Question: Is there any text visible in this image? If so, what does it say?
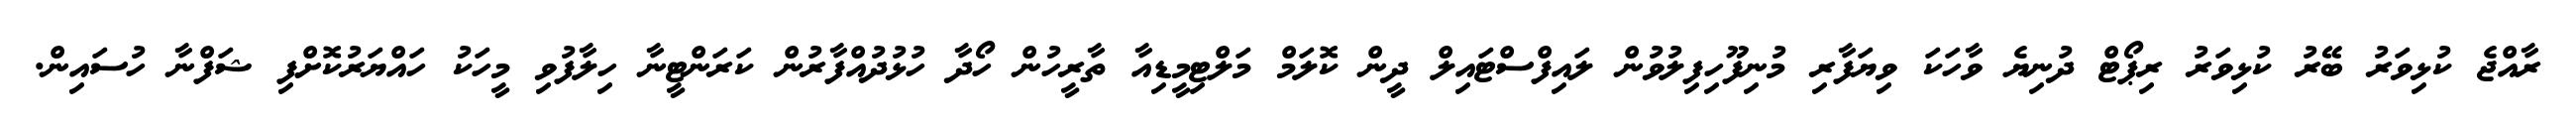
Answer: ރާއްޖެ ކުޅިވަރު ބޭރު ކުޅިވަރު ރިޕޯޓް ދުނިޔެ ވާހަކަ ވިޔަފާރި މުނިފޫހިފިލުވުން ލައިފްސްޓައިލް ދީން ކޮލަމް މަލްޓިމީޑިއާ ތާރީހުން ހޯދާ ހުޅުދުއްފާރުން ކަރަންޓީނާ ހިލާފުވި މީހަކު ހައްޔަރުކޮށްފި ޝަފްނާ ހުސައިން.